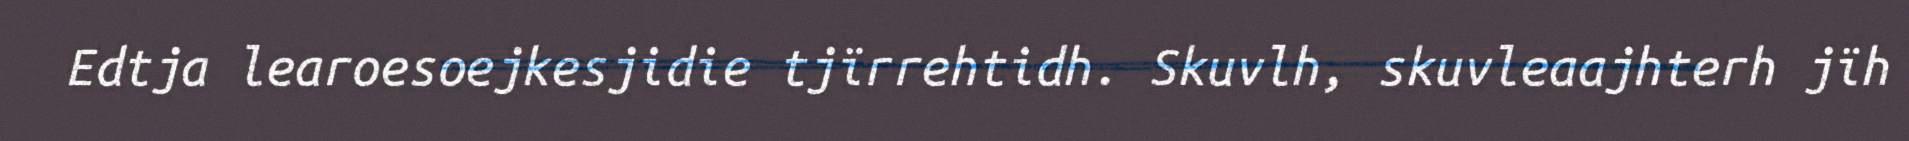
Edtja learoesoejkesjidie tjïrrehtidh. Skuvlh, skuvleaajhterh jïh